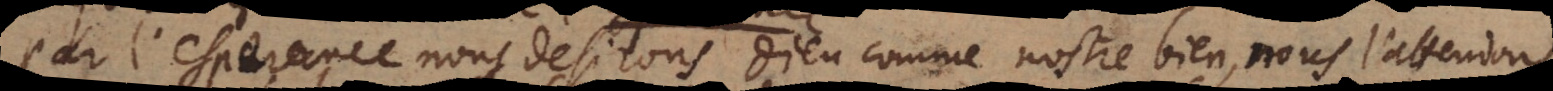
Par l’esperance nous desirons Dieu comme nostre bien, nous l’attendons